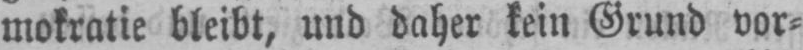
mokratie bleibt, und daher kein Grund vor⸗